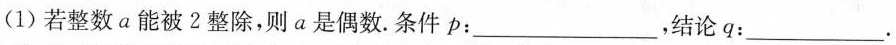
(1)若整数a能被2整除，则a是偶数.条件p：___，结论q：___.